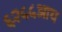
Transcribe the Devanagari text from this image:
६२५५आय